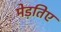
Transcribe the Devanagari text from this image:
मेड़तिए